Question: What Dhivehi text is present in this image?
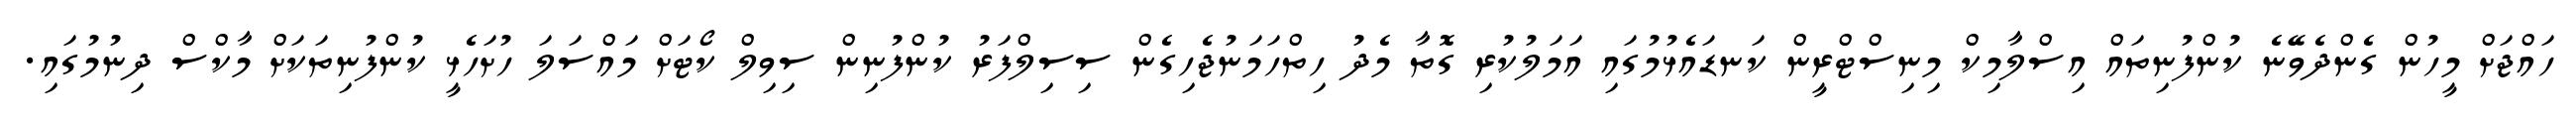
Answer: ހައްޖަށް މީހުން ގެންދެވޭނެ ކުންފުނިތައް އިސްލާމިކް މިނިސްޓްރީން ކަނޑައެޅުމުގައި އަމަލުކުރި ގޮތާ މެދު ހިތްހަމަނުޖެހިގެން ސިސިލްފަރު ކުންފުނިން ސިވިލް ކޯޓަށް މައްސަލަ ހުށަހެޅީ ކުންފުނިތަކަށް މާކްސް ދިނުމުގައި.